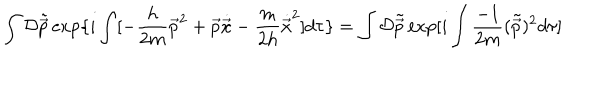
LaTeX: \int { \cal D } \tilde { \vec { p } } \exp \{ i \int [ - \frac { h } { 2 m } { \vec { p } } ^ { 2 } + \vec { p } \dot { \vec { x } } - \frac { m } { 2 h } { \dot { \vec { x } } } ^ { 2 } ] d \tau \} = \int { \cal D } \tilde { \vec { p } } \exp [ i \int \frac { - 1 } { 2 m } ( \tilde { \vec { p } } ) ^ { 2 } d \tau ]